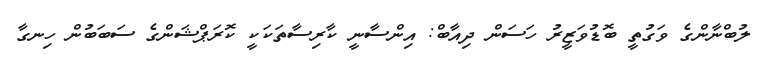
ލުބްނާންގެ ވަގުތީ ބޮޑުވަޒީރު ހަސަން ދިއާބް: އިންސާނީ ކާރިސާތަކަކީ ކޮރަޕްޝަންގެ ސަބަބުން ހިނގާ